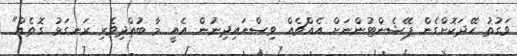
ވަގުތު ހޭދަކޮށްގެން ޕޭޝެންޓުންނަށް އެއްޗެއް ވިސްނައިދިނުން އެއީ މާ ބުއްދިވެރި ރަނގަޅު ގޮތެއް"